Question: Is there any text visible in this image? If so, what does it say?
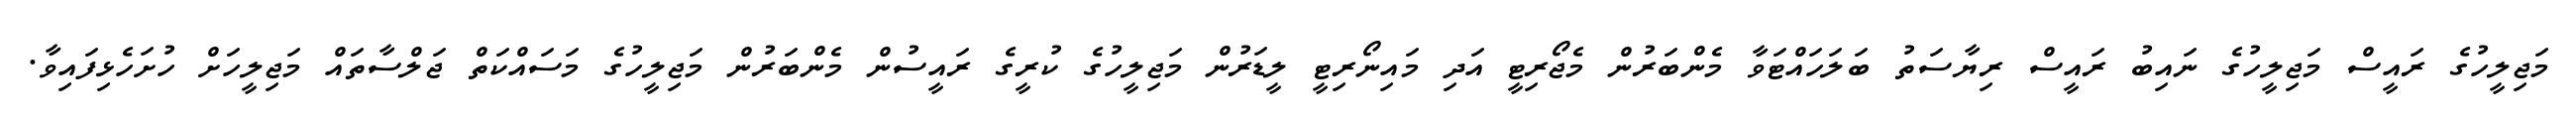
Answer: މަޖިލީހުގެ ރައީސް މަޖިލީހުގެ ނައިބު ރައީސް ރިޔާސަތު ބަލަހައްޓަވާ މެންބަރުން މެޖޯރިޓީ އަދި މައިނޯރިޓީ ލީޑަރުން މަޖިލީހުގެ ކުރީގެ ރައީސުން މެންބަރުން މަޖިލީހުގެ މަސައްކަތް ޖަލްސާތައް މަޖިލީހަށް ހުށަހެޅިފައިވާ.